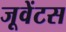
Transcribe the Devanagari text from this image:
जूवेंटस